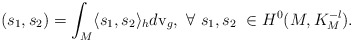
\begin{align*} ( s_1,s_2)=\int_M\langle s_1,s_2\rangle_h d{\rm v}_g ,~ \forall~ s_1, s_2~\in H^0(M,K_M^{-l}).\end{align*}